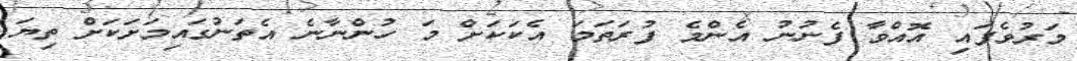
މަރުވެފައި އޮއްވާ ފެނުނު އެންމެ ފުރަތަމަ އެކަކަށް މަ ހުންނާނެ އެތަނުގައިމަށަކަށް ތިޔަ